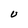
Character: U